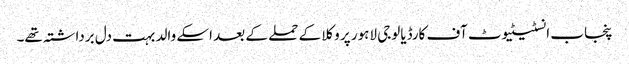
پنجاب انسٹیٹیوٹ آف کارڈیالوجی لاہور پر وکلا کے حملے کے بعد اسکے والد بہت دل برداشتہ تھے۔